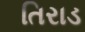
તિરાડ